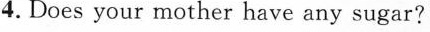
4. Does your mother have any sugar?